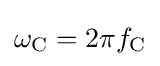
\omega _{\text{C}}=2\pi f_{\text{C}}